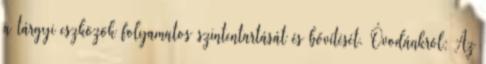
a tárgyi eszközök folyamatos szintentartását és bővítését. Óvodánkról: Az